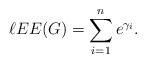
LaTeX: \begin{align*}\ell EE(G)=\sum_{i=1}^{n}e^{\gamma _{i}}.\end{align*}